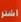
اشر